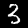
Digit: 3